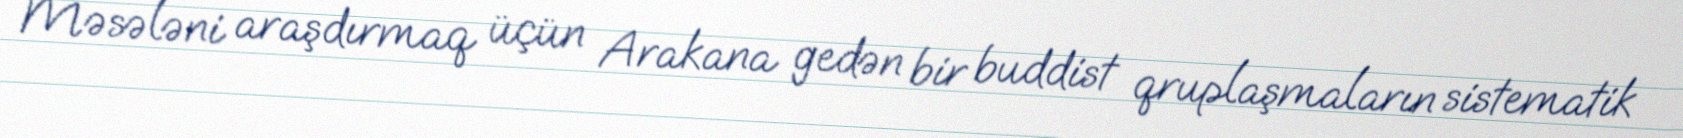
Məsələni araşdırmaq üçün Arakana gedən bir buddist qruplaşmaların sistematik